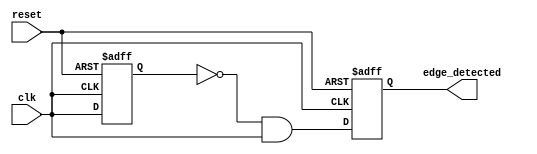
module rising_edge_detector (
    input wire clk,               // Input signal to be monitored
    input wire reset,             // Asynchronous reset signal
    output reg edge_detected      // Output signal indicating rising edge
);

    reg prev_state;               // Previous state of the input signal

    always @(posedge clk or posedge reset) begin
        if (reset) begin
            prev_state <= 1'b0;   // Reset previous state to 0
            edge_detected <= 1'b0; // Reset edge detected signal
        end else begin
            edge_detected <= (prev_state == 1'b0 && clk == 1'b1); // Detect rising edge
            prev_state <= clk;     // Update previous state
        end
    end

endmodule